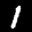
Label: 1